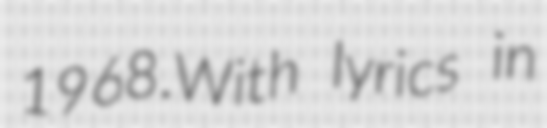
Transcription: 1968.With lyrics in